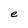
Character: e